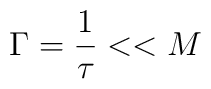
\Gamma ={1 \over \tau }<<M